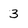
Character: 3